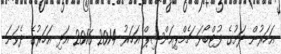
އަހަރުން ދަށުގެ ފުޓްބޯޅަ ޗެމްޕިއަންޝިޕް އަހަރު 2014 2016 އަދި އަހަރުގެ ދެވަނަ